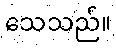
သေသည်။